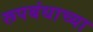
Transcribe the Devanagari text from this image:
रूपबंधाच्या